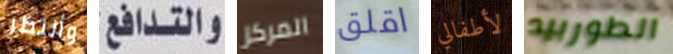
وأنتظر والتدافع المركز اقلق لأطفالي الطوربيد